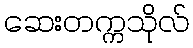
ဆေးတက္ကသိုလ်